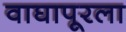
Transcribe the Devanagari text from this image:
वाघापूरला